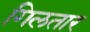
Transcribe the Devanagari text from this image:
गिलतार